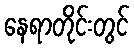
နေရာတိုင်းတွင်